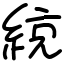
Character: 綂